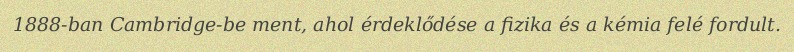
1888-ban Cambridge-be ment, ahol érdeklődése a fizika és a kémia felé fordult.